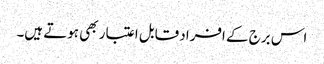
اس برج کے افراد قابل اعتبار بھی ہوتے ہیں۔